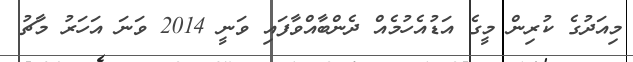
މިއަދުގެ ކުރިން މީގެ އަޑުއެހުމެއް ދެންބާއްވާފައި ވަނީ 2014 ވަނަ އަހަރު މާޗު